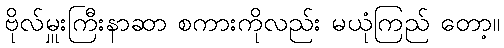
ဗိုလ်မှူးကြီးနာဆာ စကားကိုလည်း မယုံကြည် တော့။